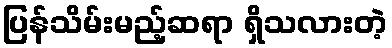
ပြန်သိမ်းမည့်ဆရာ ရှိသလားတဲ့